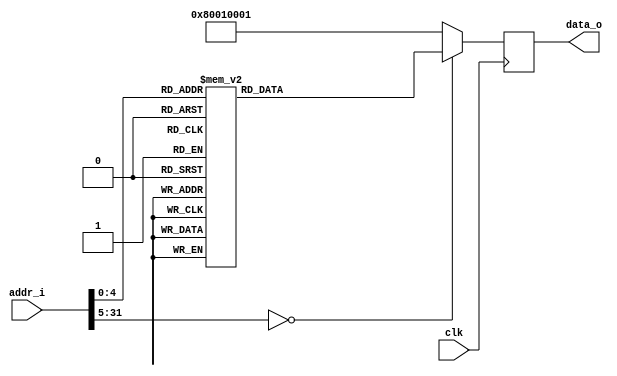
module nkmd_progrom(
    input wire clk,

    output wire [31:0] data_o,
    input wire [31:0] addr_i);

reg [31:0] data_ff;

always @(posedge clk) begin
    case (addr_i)
// ArithInsn{M[---] d=c0 alu=OpAdd s=c0 memrs=MNone t=c0 memrt=MNone}
16'h0000: data_ff <= 32'h00000000;
// ArithInsn{M[---] d=c0 alu=OpAdd s=c0 memrs=MNone t=c0 memrt=MNone}
16'h0001: data_ff <= 32'h00000000;
// ArithInsn{M[---] d=c0 alu=OpAdd s=c0 memrs=MNone t=c0 memrt=MNone}
16'h0002: data_ff <= 32'h00000000;
// ArithInsn{M[---] d=c0 alu=OpAdd s=c0 memrs=MNone t=c0 memrt=MNone}
16'h0003: data_ff <= 32'h00000000;
// ArithInsn{M[---] d=a alu=OpAdd s=c0 memrs=MNone t=0x01=1 memrt=MNone}
16'h0004: data_ff <= 32'h01010001;
// ArithInsn{M[---] d=b alu=OpAdd s=c0 memrs=MNone t=0x02=2 memrt=MNone}
16'h0005: data_ff <= 32'h02010002;
// ArithInsn{M[---] d=c alu=OpAdd s=c0 memrs=MNone t=0x03=3 memrt=MNone}
16'h0006: data_ff <= 32'h03010003;
// ArithInsn{M[---] d=d alu=OpAdd s=c0 memrs=MNone t=0x04=4 memrt=MNone}
16'h0007: data_ff <= 32'h04010004;
// ArithInsn{M[---] d=e alu=OpAdd s=c0 memrs=MNone t=a memrt=MNone}
16'h0008: data_ff <= 32'h05000100;
// ArithInsn{M[---] d=f alu=OpAdd s=c0 memrs=MNone t=b memrt=MNone}
16'h0009: data_ff <= 32'h06000200;
// ArithInsn{M[---] d=g alu=OpAdd s=c0 memrs=MNone t=c memrt=MNone}
16'h000a: data_ff <= 32'h07000300;
// ArithInsn{M[---] d=h alu=OpAdd s=c0 memrs=MNone t=d memrt=MNone}
16'h000b: data_ff <= 32'h08000400;
// CntlFInsn{rd=c0, imm=0x04=4}
16'h000c: data_ff <= 32'h80010004;
// ArithInsn{M[---] d=c0 alu=OpAdd s=c0 memrs=MNone t=c0 memrt=MNone}
16'h000d: data_ff <= 32'h00000000;
// ArithInsn{M[---] d=c0 alu=OpAdd s=c0 memrs=MNone t=c0 memrt=MNone}
16'h000e: data_ff <= 32'h00000000;
// ArithInsn{M[---] d=c0 alu=OpAdd s=c0 memrs=MNone t=c0 memrt=MNone}
16'h000f: data_ff <= 32'h00000000;
// ArithInsn{M[---] d=c0 alu=OpAdd s=c0 memrs=MNone t=c0 memrt=MNone}
16'h0010: data_ff <= 32'h00000000;

// CntlFInsn{rd=c0, imm=0x00=0}
default:  data_ff <= 32'h80010001;
    endcase
end

assign data_o = data_ff;

endmodule